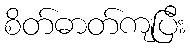
စိတ်ဓာတ်ကျပြီး